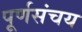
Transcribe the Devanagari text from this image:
पूर्णसंचय